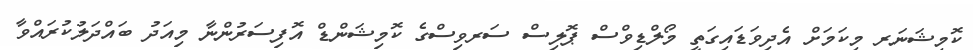
ކޮމިޝަނަރ މިކަމަށް އެދިވަޑައިގަތީ މޯލްޑިވްސް ޕޮލިސް ސަރވިސްގެ ކޮމިޝަންޑް އޮފިސަރުންނާ މިއަދު ބައްދަލުކުރައްވާ